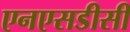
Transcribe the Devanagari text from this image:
एनएसडीसी